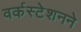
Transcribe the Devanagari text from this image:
वर्कस्टेशनने